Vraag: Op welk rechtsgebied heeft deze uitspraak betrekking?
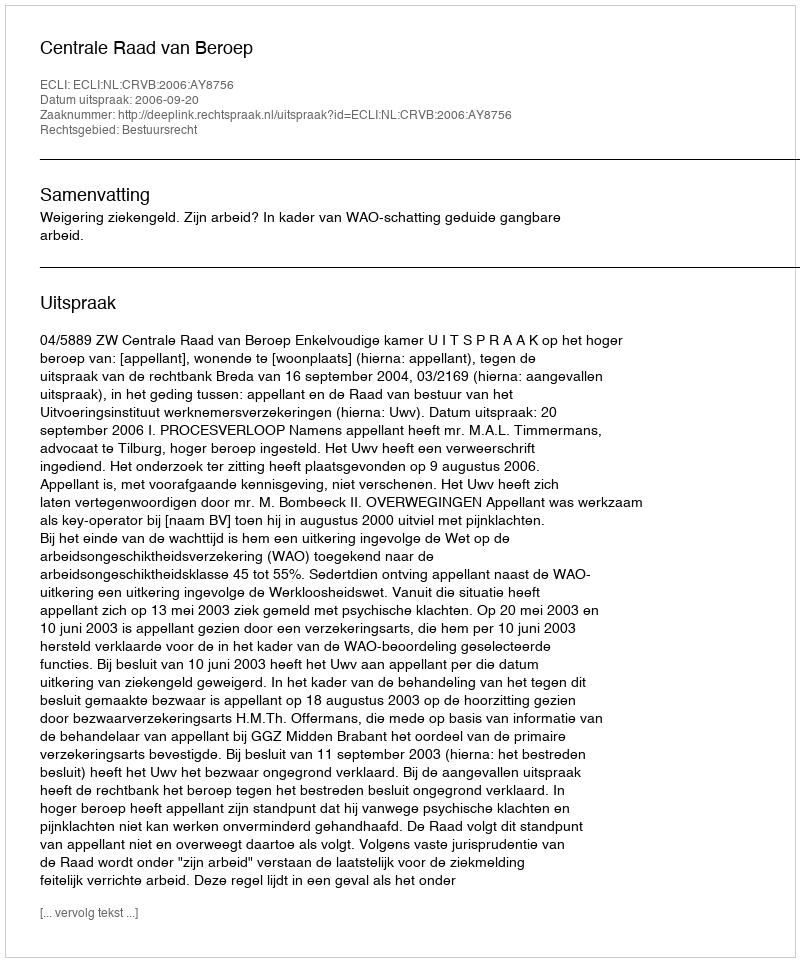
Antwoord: Bestuursrecht